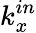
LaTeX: k_{x}^{in}